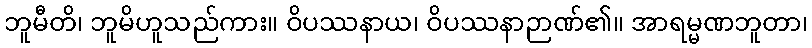
ဘူမီတိ၊ ဘူမိဟူသည်ကား။ ဝိပဿနာယ၊ ဝိပဿနာဉာဏ်၏။ အာရမ္မဏဘူတာ၊